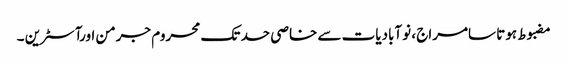
مضبوط ہوتا سامراج ، نوآبادیات سے خاصی حد تک محروم جرمن اورآسٹرین ۔